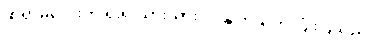
ဆရာမလေးက ရိုးရိုးသားသားပင် နှုတ်ဆက် ပြုံးပြသည်။